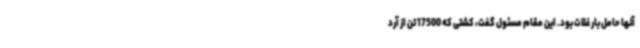
آنها حامل بار غلات بود. این مقام مسئول گفت، کشتی که 17500 تن از آرد